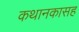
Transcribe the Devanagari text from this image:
कथानकासह